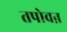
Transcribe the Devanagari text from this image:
तपोवऩ